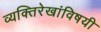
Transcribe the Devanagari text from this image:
व्यक्तिरेखांविषयी